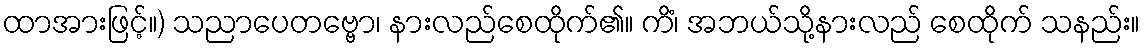
ထာအားဖြင့်။) သညာပေတဗ္ဗော၊ နားလည်စေထိုက်၏။ ကိံ၊ အဘယ်သို့နားလည် စေထိုက် သနည်း။